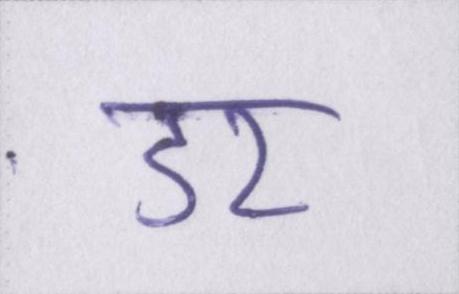
डर